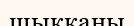
шыкканы